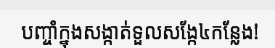
បញ្ចាំក្នុងសង្កាត់ទួលសង្កែ៤កន្លែង!